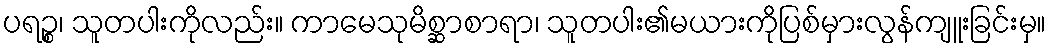
ပရဉ္စ၊ သူတပါးကိုလည်း။ ကာမေသုမိစ္ဆာစာရာ၊ သူတပါး၏မယားကိုပြစ်မှားလွန်ကျူးခြင်းမှ။